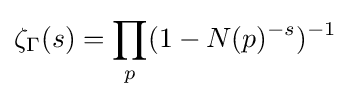
\zeta _{\Gamma }(s)=\prod _{p}(1-N(p)^{-s})^{-1}